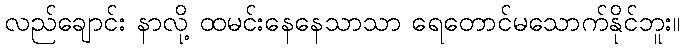
လည်ချောင်း နာလို့ ထမင်းနေနေသာသာ ရေတောင်မသောက်နိုင်ဘူး။